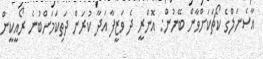
އާސެނަލްގެ ކޯޗަކަށްވާން ބޭނުން: އޮންރީ ދެ ވަޒީފާ އަދާ ކުރަން ދަތިކަމަށްބުނެ ރޯއީކީން